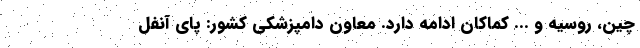
چین، روسیه و ... کماکان ادامه دارد. معاون دامپزشکی کشور: پای آنفل